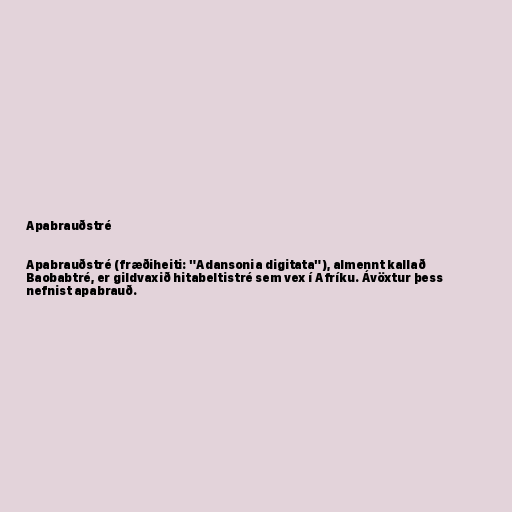
Apabrauðstré

Apabrauðstré (fræðiheiti: "Adansonia digitata"), almennt kallað
Baobabtré, er gildvaxið hitabeltistré sem vex í Afríku. Ávöxtur þess
nefnist apabrauð.